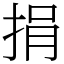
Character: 捐